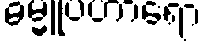
ဓမ္မူပဟာရော